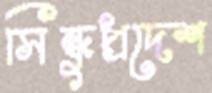
সিন্ধুপ্রদেশ